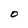
Character: O